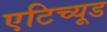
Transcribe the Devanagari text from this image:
एटिच्यूड